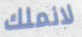
لانملك